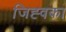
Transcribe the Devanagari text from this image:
जिह्वका